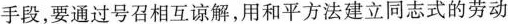
手段，要通过号召相互谅解，用和平方法建立同志式的劳动